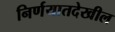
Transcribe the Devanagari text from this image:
निर्णयातदेखील